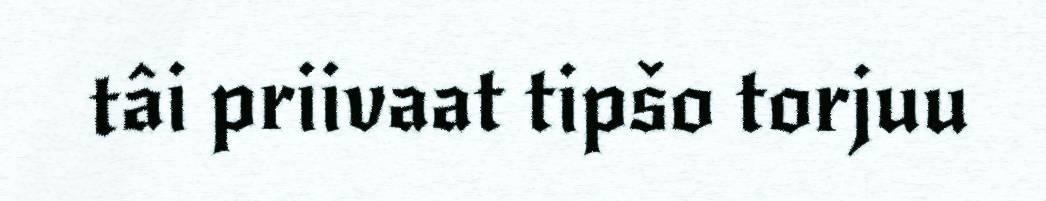
tâi priivaat tipšo torjuu